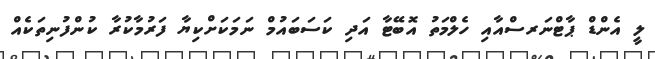
ލީ އެންޑް ޕާޓްނަރސްއާއި ހެލްމަތު އޮބޭޓާ އަދި ކަސަބައުމް ނަމަކަށްކިޔާ ފަރުމާކުރާ ކުންފުނިތަކެއް